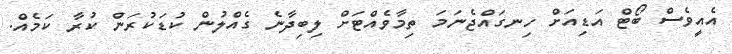
އެއީވެސް ބޯޓް އަޑިއަށް ހިނގައްޖެނަމަ ތިމާވެއްޓަށް ލިބިދާނެ ގެއްލުން ކުޑަކުރަން ކުރާ ކަމެއް.